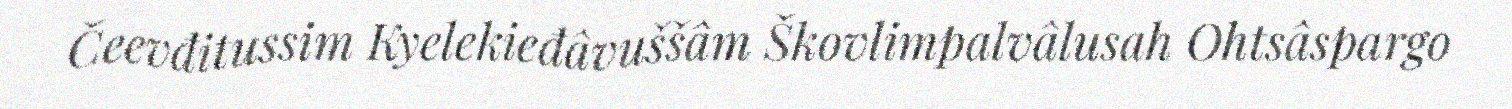
Čeevđitussim Kyelekieđâvuššâm Škovlimpalvâlusah Ohtsâspargo